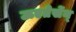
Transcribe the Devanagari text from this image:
ऊएतेर्सेन्